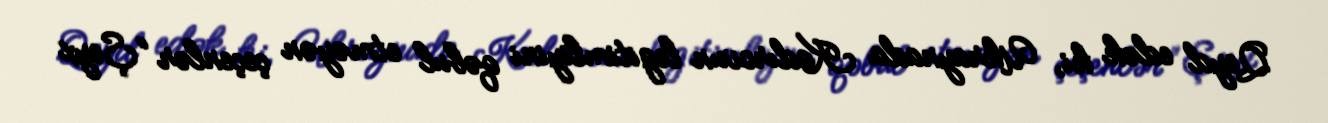
Qeyd edək ki, Ukraynada Kadırovun legitimliyini qəbul etməyən çeçenlər “Şeyx